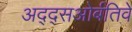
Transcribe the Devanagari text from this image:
अद्द्सओर्बतिवे